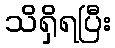
သိရှိရပြီး